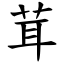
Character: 茸